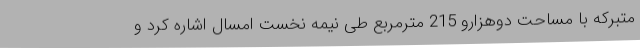
متبرکه با مساحت دوهزارو 215 مترمربع طی نیمه نخست امسال اشاره کرد و